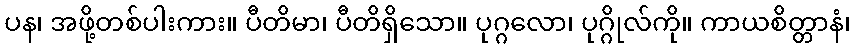
ပန၊ အဖို့တစ်ပါးကား။ ပီတိမာ၊ ပီတိရှိသော။ ပုဂ္ဂလော၊ ပုဂ္ဂိုလ်ကို။ ကာယစိတ္တာနံ၊